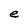
Character: e